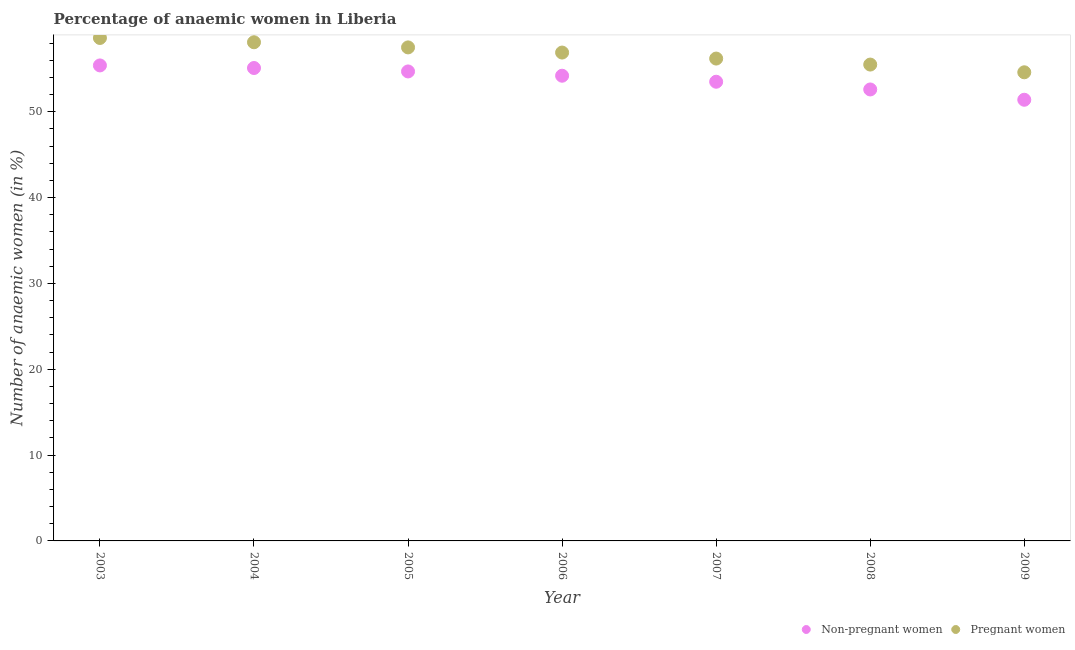
| Year | Non-pregnant women | Pregnant women |
 | --- | --- | --- |
 | 2003 | 55.4 | 58.6 |
 | 2004 | 55.1 | 58.1 |
 | 2005 | 54.7 | 57.5 |
 | 2006 | 54.2 | 56.9 |
 | 2007 | 53.5 | 56.2 |
 | 2008 | 52.6 | 55.5 |
 | 2009 | 51.4 | 54.6 |